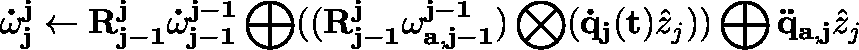
\mathbf { \dot { \omega } _ { j } ^ { j } } \gets \mathbf { R _ { j - 1 } ^ { j } } \mathbf { \dot { \omega } _ { j - 1 } ^ { j - 1 } } \bigoplus ( ( \mathbf { R _ { j - 1 } ^ { j } } \mathbf { \omega _ { a , j - 1 } ^ { j - 1 } } ) \bigotimes ( \mathbf { \dot { q } _ { j } ( t ) } \hat { z } _ { j } ) ) \bigoplus \mathbf { \ddot { q } _ { a , j } } \hat { z } _ { j }